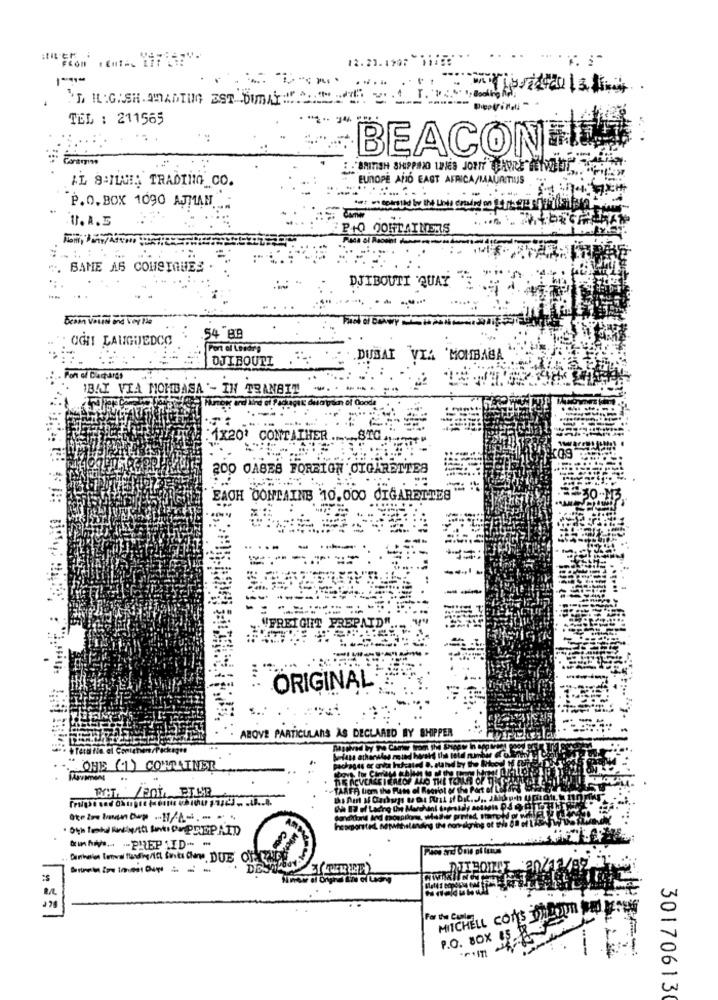
12.27.199: 125:
'L IL:GASH. AMADIIG EST DUMDAY :!!...
- Destinati
TEL : 211565
BEACONTIENT
Gortışını
EUROPE AND EAST AFRICA/MAURITIUS
IL 9-ILNI: TRADING CO.
P.O.BOX 1090 AJMAN.
.U.A.E
PrO OOFTAINERS
". BAME AS COMSTAUES .
DJIBOUTI QUAY
Graan Voured and Sortie
OCH LANGUEDOC
.54 -89
Port of Lesdir's
DJIBOUTI
DUBAI VIA 'MOMBABA
on of Dachargs
1BAY VIA MOMBASA '- IN TRANBIT
1x20' CONTAINER
200 OASES FOREIGN CIGARETTES
EACH CONTAINS 10.000 CIGARETTES
VFREIGHT PREPAID".
ORIGINAL
ABOVE PARTICULARS AS DECLARED BY SHIPPER
.ONE (1) COMMAINER
tohis PREPAID -
MITCHELL COTS TODOUn MED.
For the Cuala
P.O. BOX ES B 5
301706130